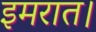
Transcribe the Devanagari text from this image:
इमरात।